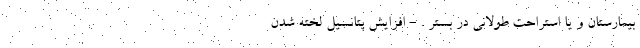
بیمارستان و یا استراحت طولانی در بستر . - افزایش پتانسیل لخته شدن